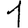
Digit: 1